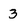
Character: 3